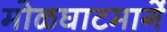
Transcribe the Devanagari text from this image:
मोळघाटमार्गे